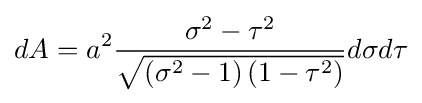
dA=a^{2}{\frac {\sigma ^{2}-\tau ^{2}}{\sqrt {\left(\sigma ^{2}-1\right)\left(1-\tau ^{2}\right)}}}d\sigma d\tau